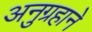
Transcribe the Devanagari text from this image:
अनुग्रहाने